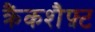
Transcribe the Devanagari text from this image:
क्रैंकशैफ़्ट